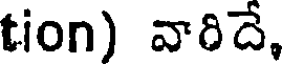
tion) వారిదే.